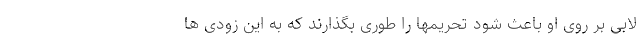
لابی بر روی او باعث شود تحریمها را طوری بگذارند که به این زودی ها